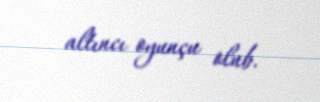
altıncı oyunçu olub.